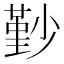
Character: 㝻